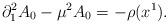
LaTeX: \begin{align*}\partial_1^2 A_0 - \mu^2 A_0 = -\rho (x^1).\end{align*}